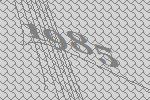
1985